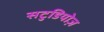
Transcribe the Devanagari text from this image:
सटुडियोज़